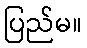
ပြည်မ။